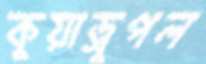
কুয়াড্রুপল